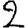
Digit: 2